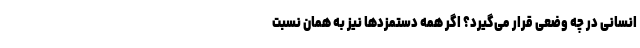
انسانی در چه وضعی قرار می‌گیرد؟ اگر همه دستمزدها نیز به همان نسبت